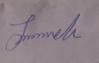
Signature authenticity: genuine